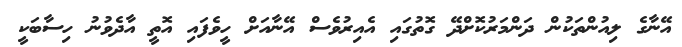
އޭނާގެ ލިއުންތަކުން ދަންމަރުކޮށްދޭ ގޮތުގައި އެއިރުވެސް އޭނާއަށް ހީވެފައި އޮތީ އާދެވުނު ހިސާބަކީ